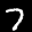
Label: 7